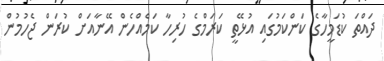
ދައްތަ ކުޑަމީހާގެ ކަންކަމުގައި އުޅޭތީ ކަރަމްގެ ހުރިހާ ކަމެއްހެން އޭނާއަށް ކުރަން ޖެހުމުން